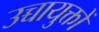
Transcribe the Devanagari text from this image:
उच्चायुक्तों